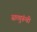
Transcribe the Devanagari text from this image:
सत्गुरूंची